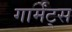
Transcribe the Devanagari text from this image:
गार्मेंट्स